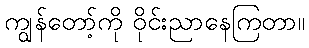
ကျွန်တော့်ကို ဝိုင်းညာနေကြတာ။